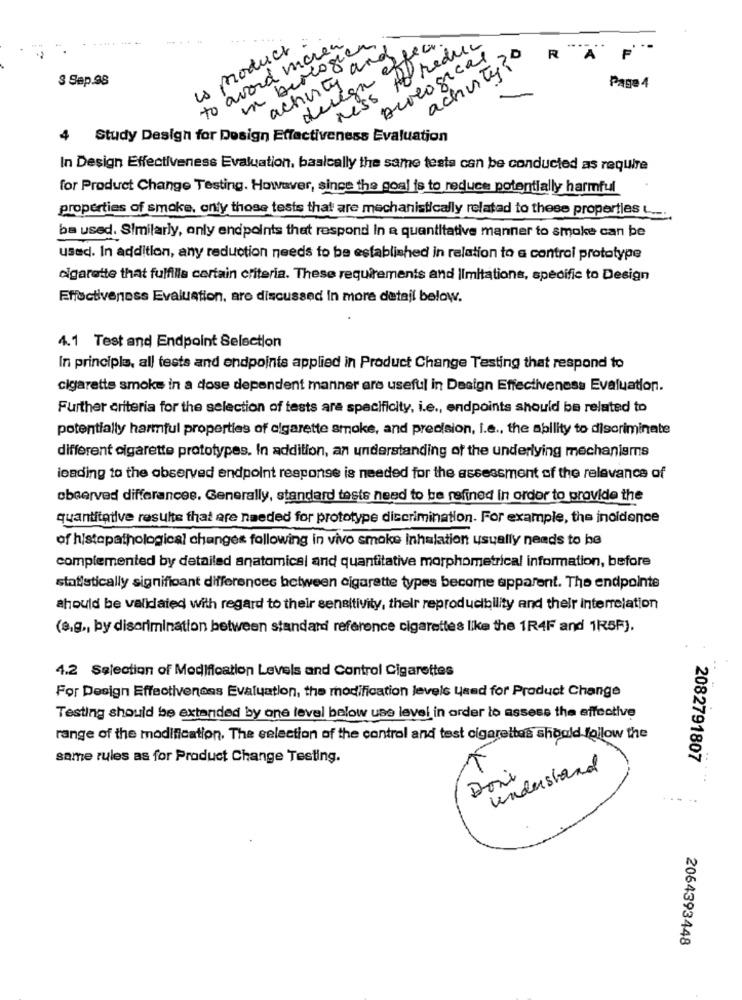
ls product :
to aword moren
nu berlogien
acherty and pear.
ness to reduce
..
Biological
activity?
R
A
S Sep.98
deign
Page 4
Study Design for Design Effectiveness Evaluation
In Design Effectiveness Evaluation, basically the same testa can be conducted as require
for Product Change Testing. However, since the goal is to reduce potentially harmful
properties of smoke. only those tests that are mechanistically related to these properties L ....
be used. Similarly, only endpoints that respond In a quantitative manner to smoke can be
used. In addition, any reduction needs to be established in relation to a control prototype
cigarette that fulfilla certain criteria. These requirements and limitations, specific to Design
Effectiveness Evaluation, are discussed In more detail below.
4.1 Test and Endpoint Selection
In principle, all tests and endpoints applied in Product Change Testing that respond to
cigarette smoke in a dose dependent manner are useful in Design Effectiveness Evaluation.
Further criteria for the selection of tests are specificity, i.e ., endpoints should be related to
potentially harmful properties of cigarette smoke, and precision, i.e ., the ability to discriminate
different cigarette prototypes. In addition, an understanding of the underlying mechanisms
leading to the observed endpoint response is needed for the assessment of the relevance of
observed differancee. Generally, standard tests need to be refined in order to provide the
quantitative resulte that are needed for prototype discrimination. For example, the incidence
of histopathological changes following in vivo smoke inhalation usually needs to be
complemented by detailed anatomical and quantitative morphometrical information, before
statistically significant differences between cigarette types become apparent. The endpointe
should be validated with regard to their sensitivity, their reproducibility and their interrelation
(e.g ., by discrimination between standard reference cigarettes like the 1R4F and 1R5F).
4.2 Selection of Modification Levels and Control Cigarettes
For Design Effectiveness Evaluation, the modification levels Used for Product Change
Testing should be extended by one level below use level in order to assess the effective
range of the modification. The selection of the control and test cigarettes should follow the
same rules as for Product Change Testing.
2082791807
understand
Dori
2064393448